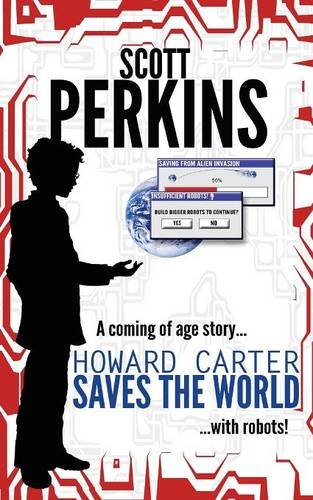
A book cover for Howard Carter Saves the World; Scott Perkins; Science Fiction & Fantasy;